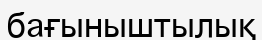
бағыныштылық